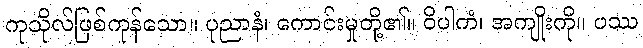
ကုသိုလ်ဖြစ်ကုန်သော။ ပုညာနံ၊ ကောင်းမှုတို့၏။ ဝိပါကံ၊ အကျိုးကို။ ပဿ